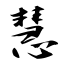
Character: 慧